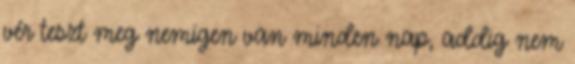
vér teszt meg nemigen van minden nap, addig nem